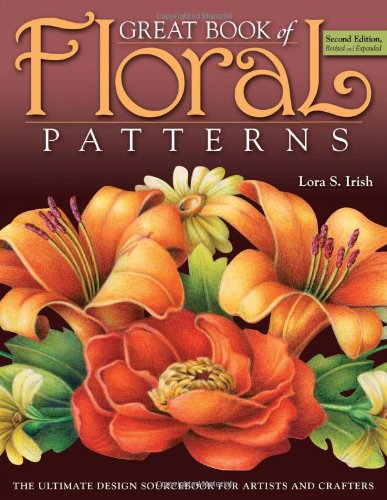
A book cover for Great Book of Floral Patterns 2nd Edition: The Ultimate Design Sourcebook for Artists and Crafters; Lora Irish; Arts & Photography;